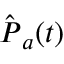
\hat { \boldsymbol { P } } _ { a } ( t )